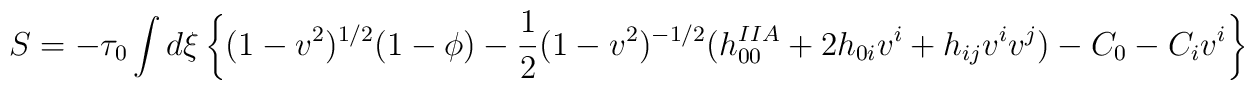
S = -\tau_0 \int d\xi \left\{ (1-v^2)^{1/2} (1- \phi) - {1 \over 2} (1-v^2)^{-1/2}(h^{IIA}_{00} + 2h_{0i}v^i + h_{ij}v^iv^j) - C_0 - C_iv^i \right\}